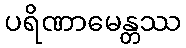
ပရိဏာမေန္တဿ